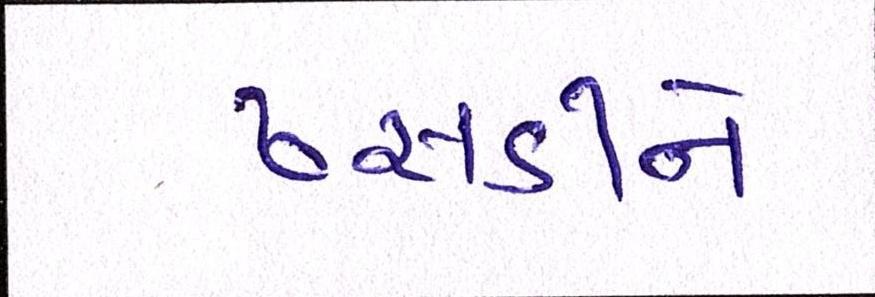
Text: ઢસડીને